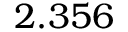
2 . 3 5 6